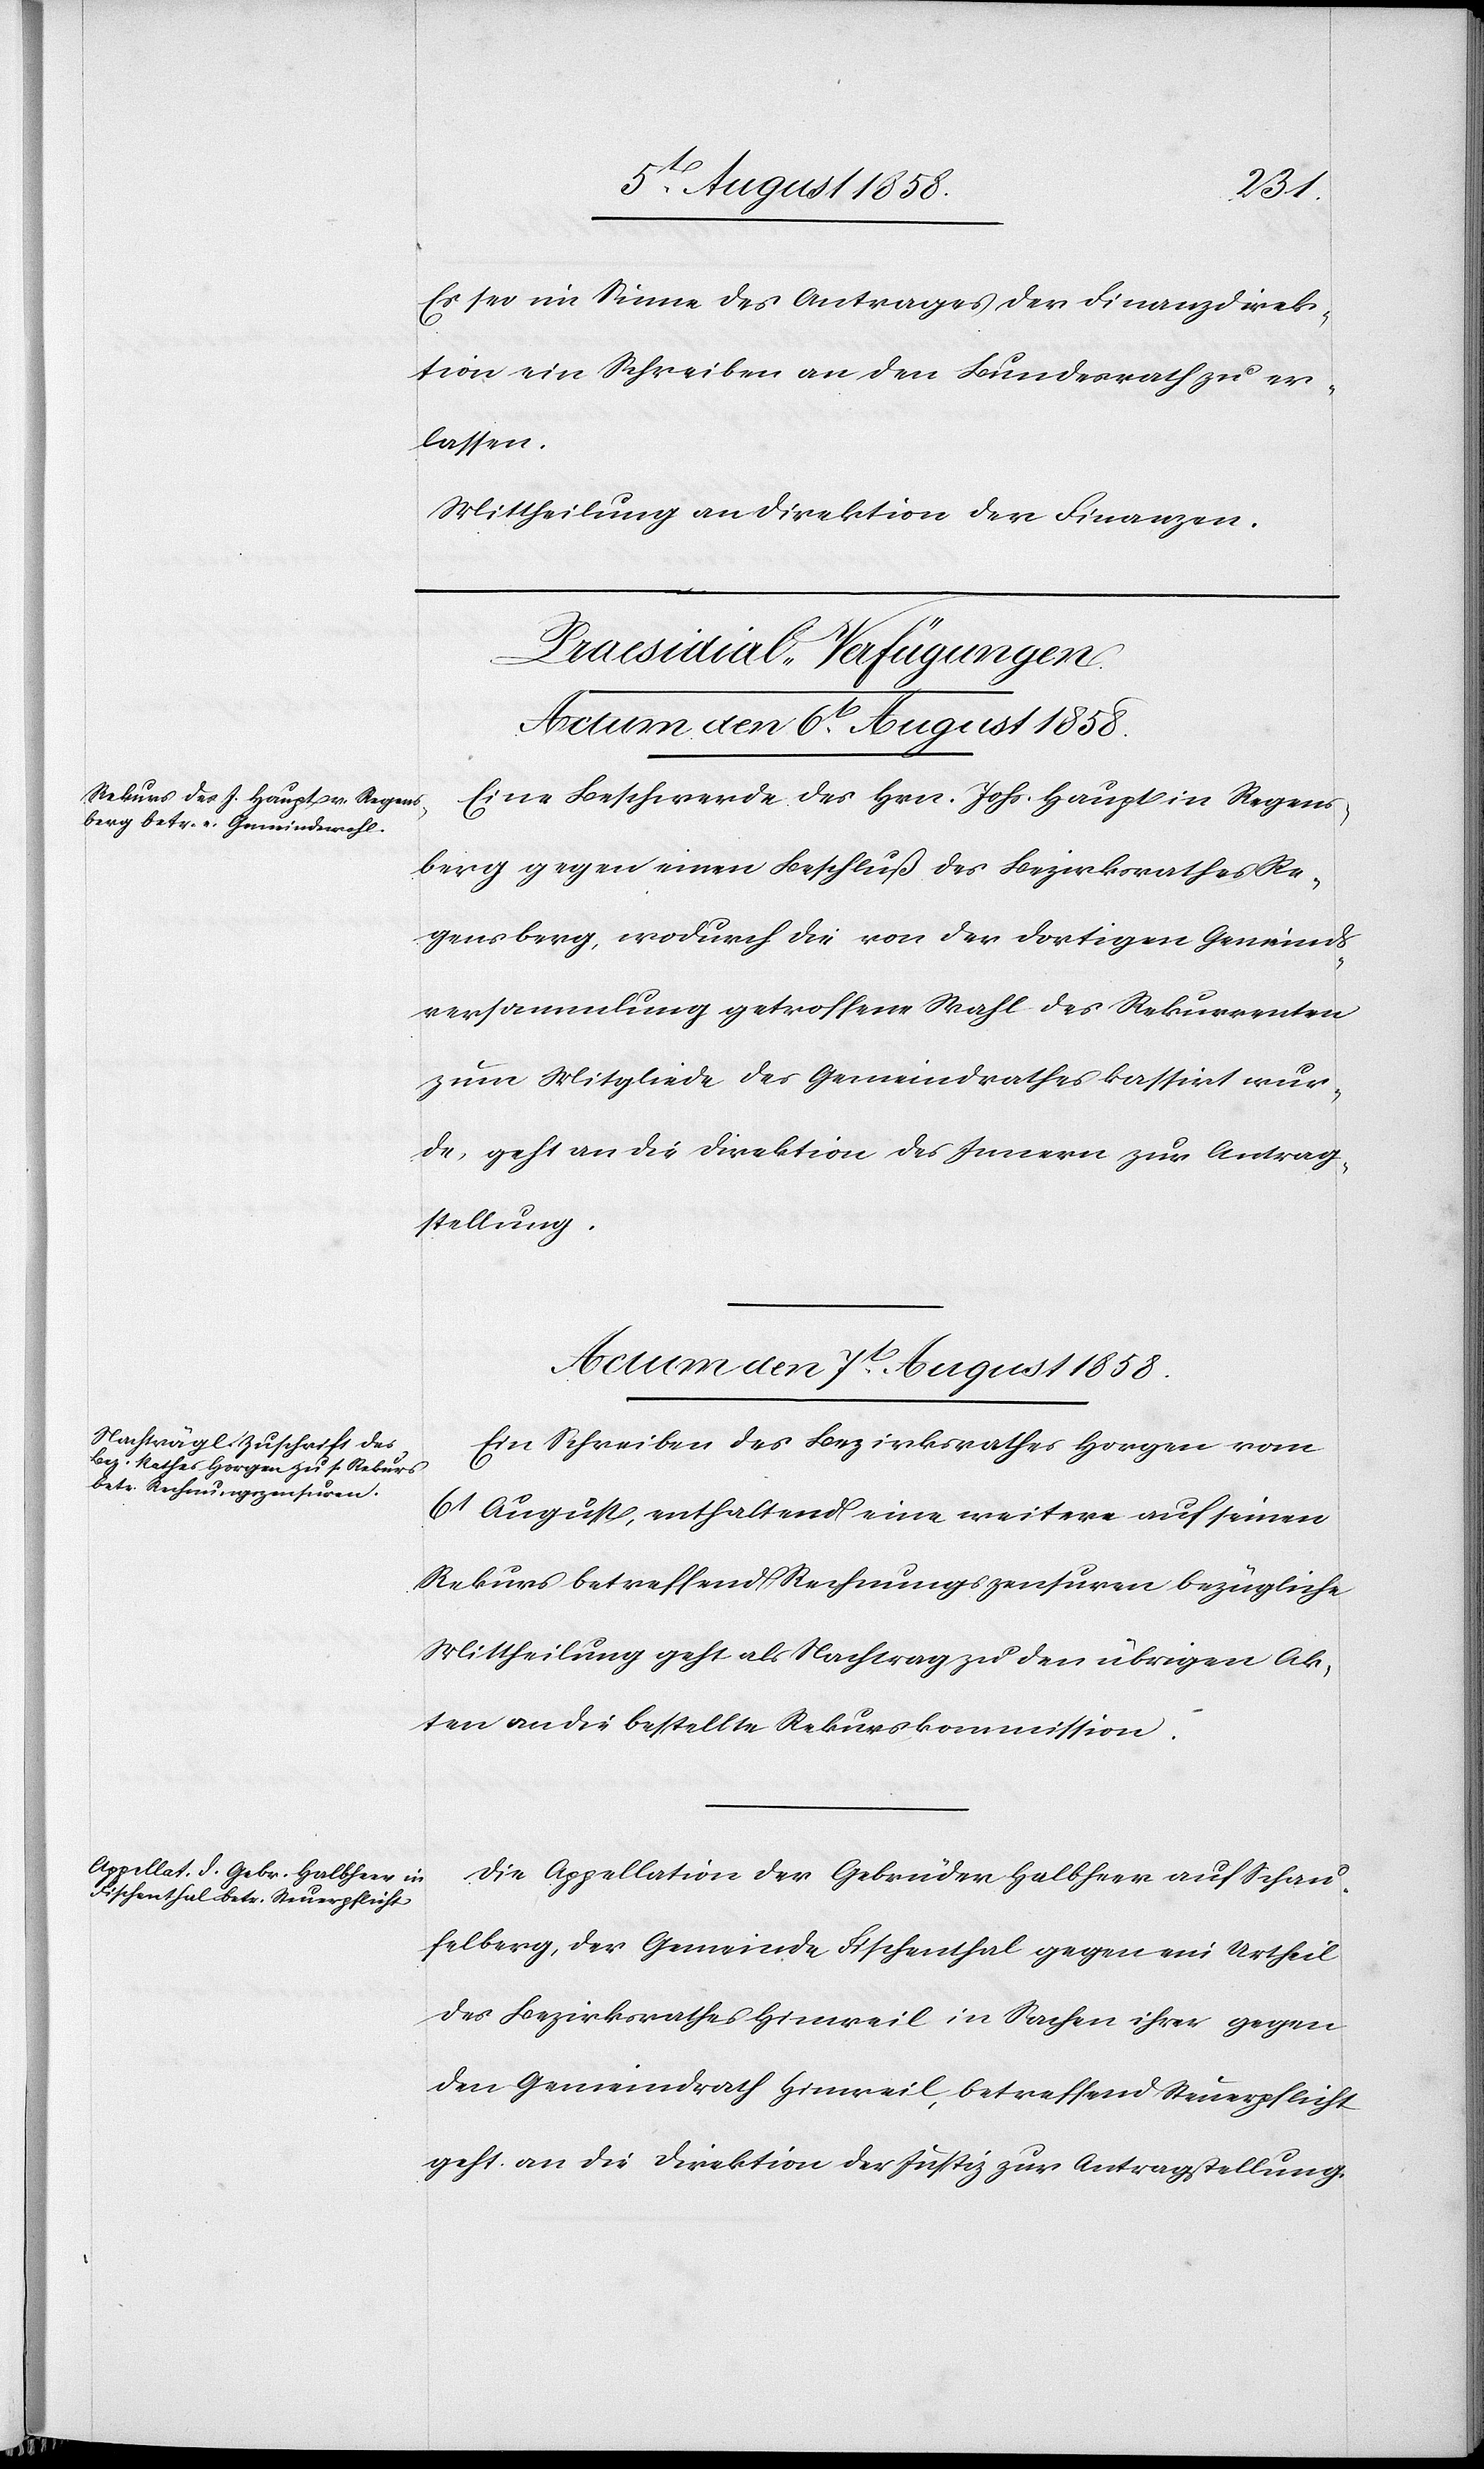
7t. August 1858.]
Es sei im Sinne des Antrages der Finanzdirek¬
tion ein Schreiben an den Bundesrath zu er¬
lassen.
Mittheilung an [die] Direktion der Finanzen.
den
[Praesidial-Verfügungen.
Eine Beschwerde des Hrn. Johs. Haupt in Regens¬
berg gegen einen Beschluß des Bezirksrathes Re¬
gensberg, wodurch die von der dortigen Gemeinds¬
versammlung getroffene Wahl des Rekurrenten
zum Mitgliede des Gemeindrathes kassirt wur¬
de, geht an die Direktion des Innern zur Antrag¬
stellung.
Actum den 7t. August 1858.
Ein Schreiben des Bezirksrathes Horgen vom
6t August, enthaltend eine weitere auf seinen
Rekurs betreffend Rechnungszensuren bezügliche
Mittheilung geht als Nachtrag zu den übrigen Ak¬
ten an die bestellte Rekurskommission.
Die Appellation der Gebrüder Halbheer auf Schau¬
felberg, der Gemeinde Fischenthal gegen ein Urtheil
des Bezirksrathes Hinweil in Sachen ihrer gegen
den Gemeindrath Hinweil, betreffend Steuerpflicht
geht an die Direktion der Justiz zur Antragstellung.